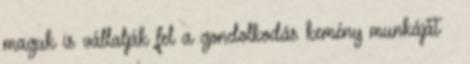
maguk is vállalják fel a gondolkodás kemény munkáját –